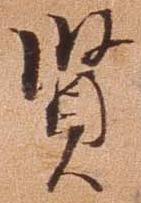
賢